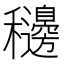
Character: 𥤓